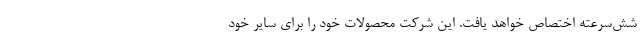
شش‌سرعته اختصاص خواهد یافت. این شرکت محصولات خود را برای سایر خود